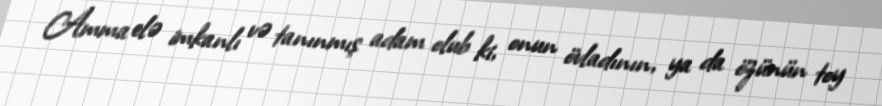
Amma elə imkanlı və tanınmış adam olub ki, onun övladının, ya da özünün toy